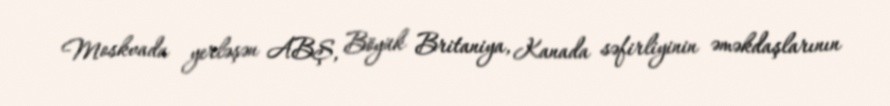
Moskvada yerləşən ABŞ, Böyük Britaniya, Kanada səfirliyinin əməkdaşlarının